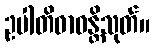
ဥပါတိဓာဝန္တိသုတ်။